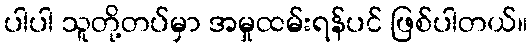
ပါပါ သူတို့တပ်မှာ အမှုထမ်းရန်ပင် ဖြစ်ပါတယ်။